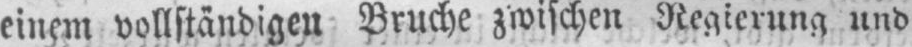
einem vollständigen Bruche zwischen Regierung und